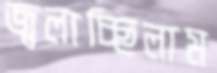
জ্বলাচ্ছিলাম